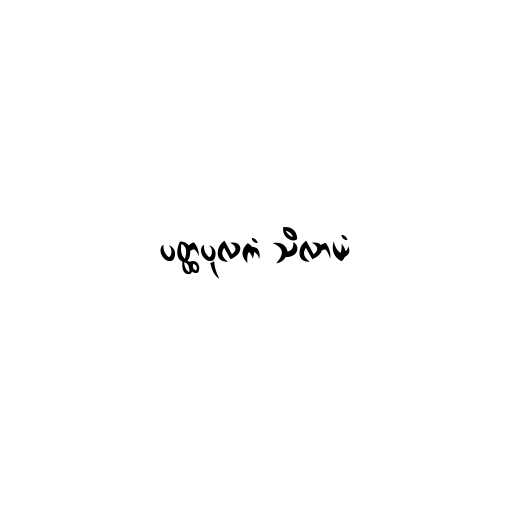
ပတ္ထပုလကံ သိလာယံ